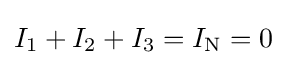
I_{1}+I_{2}+I_{3}=I_{\text{N}}=0